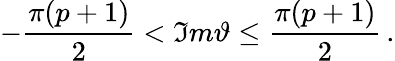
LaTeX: -\frac{\pi(p+1)}{2}<\Im m\vartheta\leq\frac{\pi(p+1)}{2}\, .